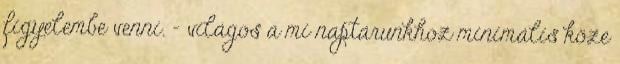
figyelembe venni. – világos a mi naptárunkhoz minimális köze